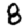
Digit: 8